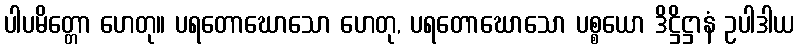
ပါပမိတ္တော ဟေတု။ ပရတောဃောသော ဟေတု, ပရတောဃောသော ပစ္စယော ဒိဋ္ဌိဋ္ဌာနံ ဥပါဒါယ